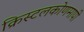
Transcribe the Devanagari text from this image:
क्रिस्टलकोणमापी